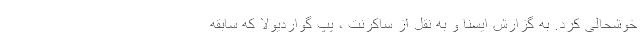
خوشحالی کرد. به گزارش ایسنا و به نقل از ساکرنت ، پپ گواردیولا که سابقه